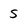
Character: S